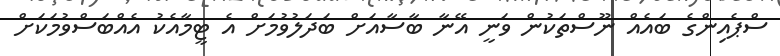
ސްޕެއިންގެ ބައެއް ނޫސްތަކުން ވަނީ އޭނާ ބާސާއަށް ބަދަލުވުމަށް އެ ޓީމާއެކު އެއްބަސްވުމަކަށް